Indian Medical Review
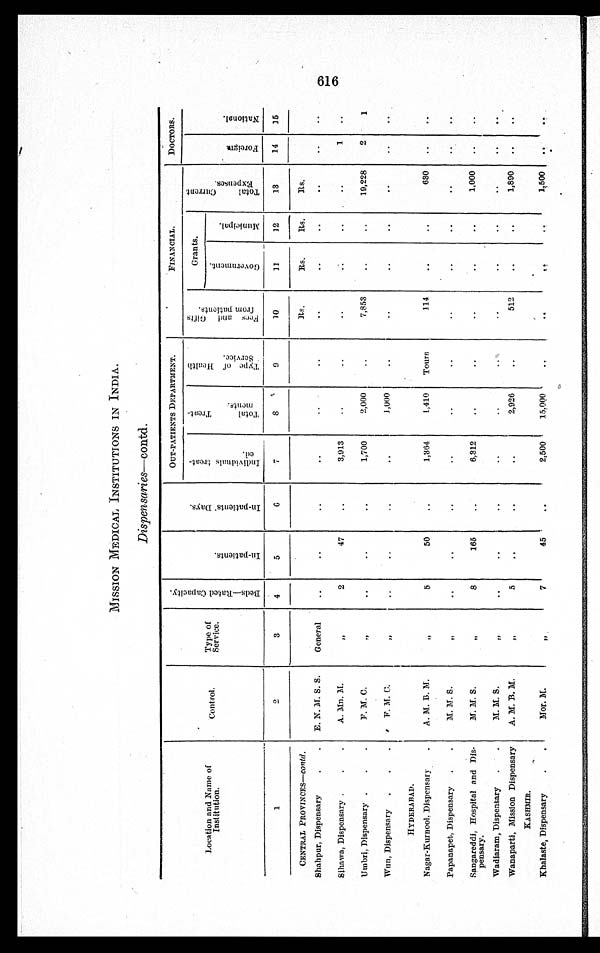
MISSION MEDICAL INSTITUTIONS IN INDIA.
Dispensaries—contd.
Location and Name of
Institution.
Control.
Type of
Service.
B e d s - R a t e d C a p a c i t y .
I n - p a t i e n t s .
I n - p a t i e n t s ' D a y s .
OUT-PATIENTS DEPARTMENT.
FINANCIAL.
DOCTORS.
I n d i v i d n a l s t r e a t - e d
T o t a l T r e a t - m e n t s .
T y p e o f e a l t h S e r v i c e .
F e e s a n d G i f t s f r o m p a t i e n t s .
Grants.
T o t a l C u r r e n t E x p e n s e s .
For ei gn
Na t i o n a l
Gover nment .
Mu n i c i p a l
1
2
3
4
5
6
7
8
9
10
1 1 12
13
14
15
CENTRAL PROVINCES—c o n t d
.
Rs.
Rs.
Rs.
Rs.
Shahpur, Dispensary
E. N. M. S. S.
General
Sihawa, Dispensary
A. Mn. M.
„
2
47
3,913
1
Umbri, Dispensary
F. M. C
„
1,700
2,000
7,853
19,228
2
1
Wun, Dispensary
F. M. C.
„
1,000
HYDERABAD.
Nagar-Kurnool, Dispensary
A. M. B. M.
„
5
50
1,364
1,410 Tours
114
630
Papanapet, Dispensary
M. M. S.
„
Sangareddi, Hospital and Dis-
pensary.
M. M. S.
„
8
165
6,312
1,000
Wadiaram, Dispensary
M. M. S.
„
Wanaparti, Mission Dispensary
A. M. B. M.
„
5
2,926
512
1,890
KASHMIR.
Khalaste, Dispensary
Mor. M.
„
7
45
2,500
15,000
1,500